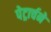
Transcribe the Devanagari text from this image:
पेट्रार्चने